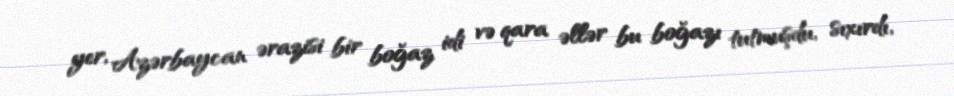
yer, Azərbaycan ərazisi bir boğaz idi və qara əllər bu boğazı tutmuşdu, sıxırdı,